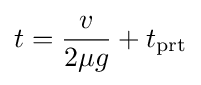
t={\frac {v}{2\mu g}}+t_{\text{prt}}